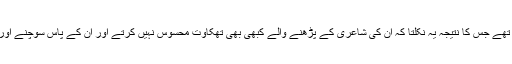
خیام اپنی شاعری میں سادہ اوزان سے کام لیتے تھے جس کا نتیجہ یہ نکلتا کہ ان کی شاعری کے پڑھنے والے کبھی بھی تھکاوت محسوس نہیں کرتے اور ان کے پاس سوچنے اور سمجھنے کے لیۓ کافی وقت موجود ہوتا ہے ۔